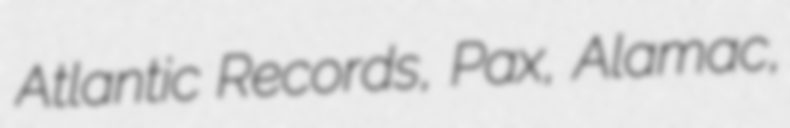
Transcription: Atlantic Records, Pax, Alamac,